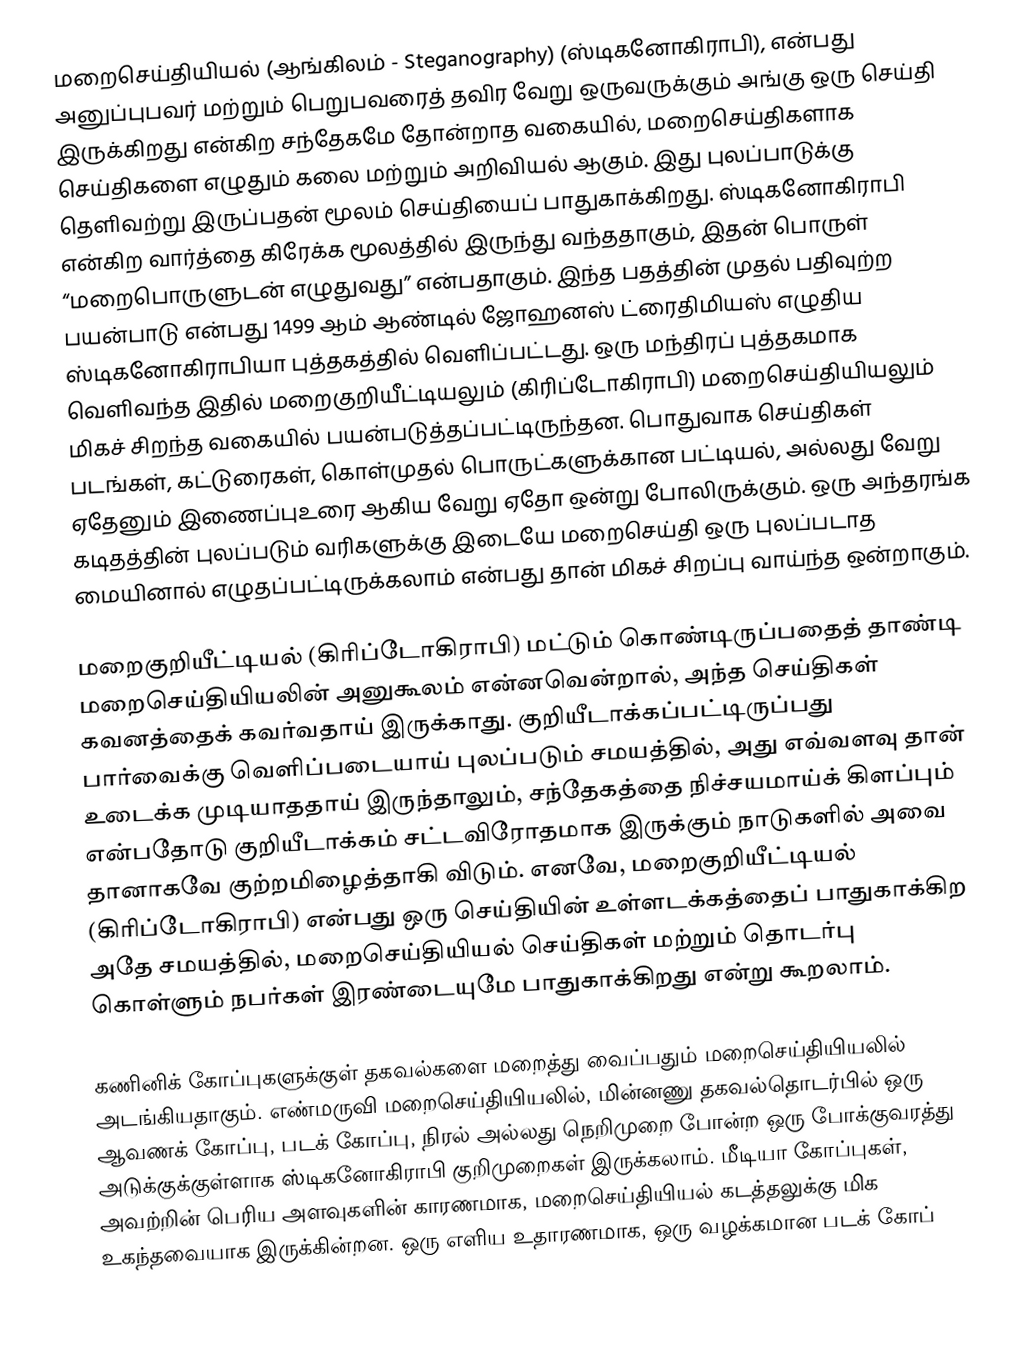
மறைசெய்தியியல் (ஆங்கிலம் - Steganography) (ஸ்டிகனோகிராபி), என்பது அனுப்புபவர் மற்றும் பெறுபவரைத் தவிர வேறு ஒருவருக்கும் அங்கு ஒரு செய்தி இருக்கிறது என்கிற சந்தேகமே தோன்றாத வகையில், மறைசெய்திகளாக செய்திகளை எழுதும் கலை மற்றும் அறிவியல் ஆகும். இது புலப்பாடுக்கு தெளிவற்று இருப்பதன் மூலம் செய்தியைப் பாதுகாக்கிறது. ஸ்டிகனோகிராபி என்கிற வார்த்தை கிரேக்க மூலத்தில் இருந்து வந்ததாகும், இதன் பொருள் “மறைபொருளுடன் எழுதுவது” என்பதாகும். இந்த பதத்தின் முதல் பதிவுற்ற பயன்பாடு என்பது 1499 ஆம் ஆண்டில் ஜோஹனஸ் ட்ரைதிமியஸ் எழுதிய ஸ்டிகனோகிராபியா புத்தகத்தில் வெளிப்பட்டது. ஒரு மந்திரப் புத்தகமாக வெளிவந்த இதில் மறைகுறியீட்டியலும் (கிரிப்டோகிராபி) மறைசெய்தியியலும் மிகச் சிறந்த வகையில் பயன்படுத்தப்பட்டிருந்தன. பொதுவாக செய்திகள் படங்கள், கட்டுரைகள், கொள்முதல் பொருட்களுக்கான பட்டியல், அல்லது வேறு ஏதேனும் இணைப்புஉரை ஆகிய வேறு ஏதோ ஒன்று போலிருக்கும். ஒரு அந்தரங்க கடிதத்தின் புலப்படும் வரிகளுக்கு இடையே மறைசெய்தி ஒரு புலப்படாத மையினால் எழுதப்பட்டிருக்கலாம் என்பது தான் மிகச் சிறப்பு வாய்ந்த ஒன்றாகும்.

மறைகுறியீட்டியல் (கிரிப்டோகிராபி) மட்டும் கொண்டிருப்பதைத் தாண்டி மறைசெய்தியியலின் அனுகூலம் என்னவென்றால், அந்த செய்திகள் கவனத்தைக் கவர்வதாய் இருக்காது. குறியீடாக்கப்பட்டிருப்பது பார்வைக்கு வெளிப்படையாய் புலப்படும் சமயத்தில், அது எவ்வளவு தான் உடைக்க முடியாததாய் இருந்தாலும், சந்தேகத்தை நிச்சயமாய்க் கிளப்பும் என்பதோடு குறியீடாக்கம் சட்டவிரோதமாக இருக்கும் நாடுகளில் அவை தானாகவே குற்றமிழைத்தாகி விடும். எனவே, மறைகுறியீட்டியல் (கிரிப்டோகிராபி) என்பது ஒரு செய்தியின் உள்ளடக்கத்தைப் பாதுகாக்கிற அதே சமயத்தில், மறைசெய்தியியல் செய்திகள் மற்றும் தொடர்பு கொள்ளும் நபர்கள் இரண்டையுமே பாதுகாக்கிறது என்று கூறலாம்.

கணினிக் கோப்புகளுக்குள் தகவல்களை மறைத்து வைப்பதும் மறைசெய்தியியலில் அடங்கியதாகும். எண்மருவி மறைசெய்தியியலில், மின்னணு தகவல்தொடர்பில் ஒரு ஆவணக் கோப்பு, படக் கோப்பு, நிரல் அல்லது நெறிமுறை போன்ற ஒரு போக்குவரத்து அடுக்குக்குள்ளாக ஸ்டிகனோகிராபி குறிமுறைகள் இருக்கலாம். மீடியா கோப்புகள், அவற்றின் பெரிய அளவுகளின் காரணமாக, மறைசெய்தியியல் கடத்தலுக்கு மிக உகந்தவையாக இருக்கின்றன. ஒரு எளிய உதாரணமாக, ஒரு வழக்கமான படக் கோப்